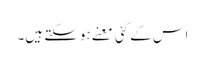
اس کے کئی معنے ہوسکتے ہیں۔